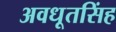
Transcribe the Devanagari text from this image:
अवधूतसिंह